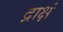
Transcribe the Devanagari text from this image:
द्राक्षं